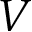
V